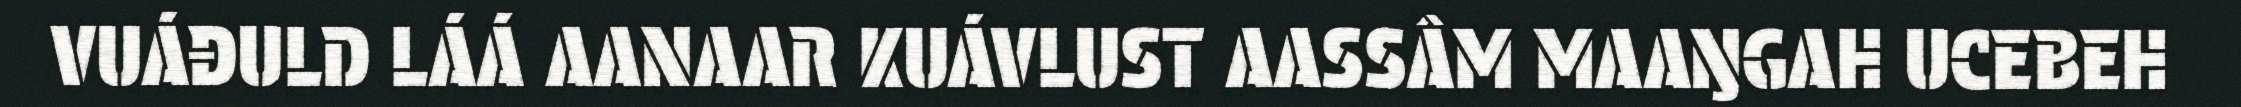
VUÁĐULD LÁÁ AANAAR KUÁVLUST AASSÂM MAAŊGAH UCEBEH